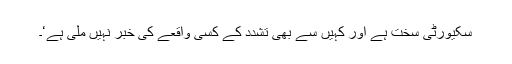
سکیورٹی سخت ہے اور کہیں سے بھی تشدد کے کسی واقعے کی خبر نہیں ملی ہے‘۔